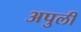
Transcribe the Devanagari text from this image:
अपुलीं